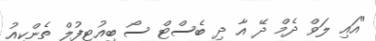
"އައި ލަވް ދެމް ދޭ އާ ދި ބެސްޓް ސޯ ބިއުޓިފުލް ތެންކިއު